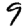
Digit: 9